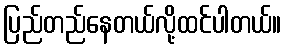
ပြည်တည်နေတယ်လို့ထင်ပါတယ်။